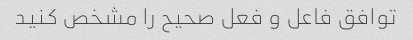
توافق فاعل و فعل صحیح را مشخص کنید